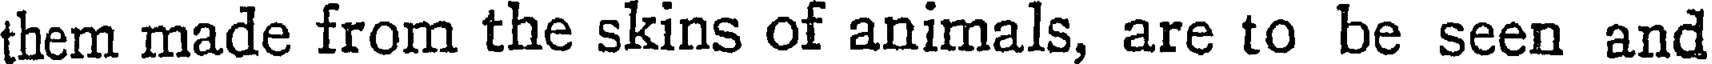
them made from the skins of animals, are to be seen and